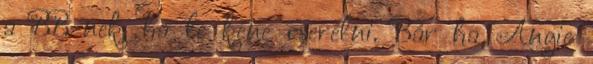
a BB-nek, ha le kéne cserélni. Bár ha Angie